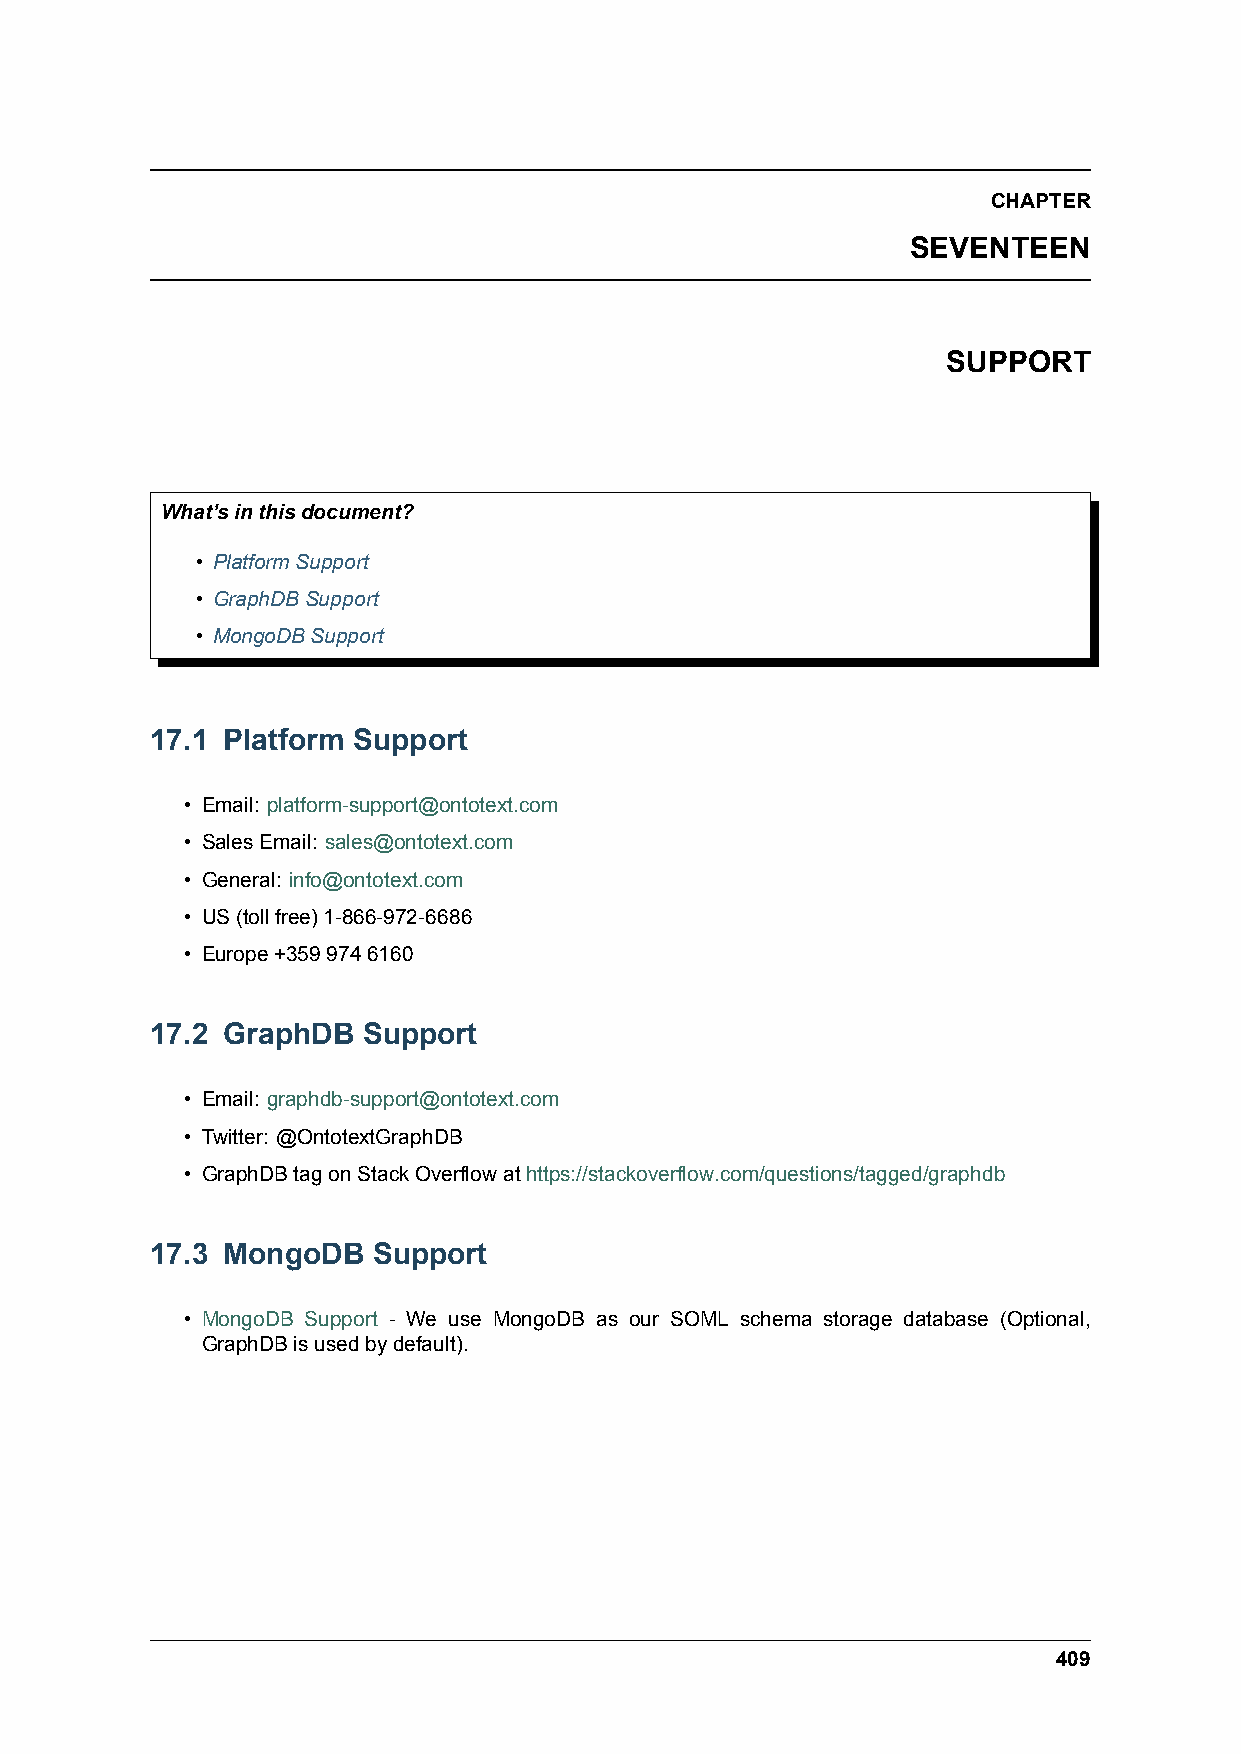
CHAPTER
 SEVENTEEN
 SUPPORT
 What’sinthisdocument?
 • PlatformSupport
 • GraphDBSupport
 • MongoDBSupport
 17.1 Platform Support
 • Email: platform-support@ontotext.com
 • SalesEmail: sales@ontotext.com
 • General: info@ontotext.com
 • US(tollfree)1-866-972-6686
 • Europe+3599746160
 17.2 GraphDB  Support
 • Email: graphdb-support@ontotext.com
 • Twitter: @OntotextGraphDB
 • GraphDBtagonStackOverflowathttps://stackoverflow.com/questions/tagged/graphdb
 17.3 MongoDB   Support
 • MongoDB Support - We use MongoDB as our SOML schema storage database (Optional,
 GraphDBisusedbydefault).
 409